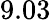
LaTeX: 9.03